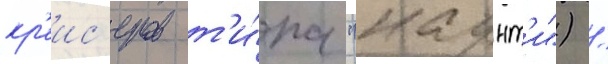
кр'еис'еров т'и́па "каунт'и") /